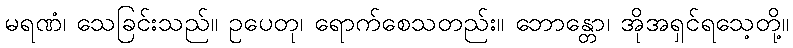
မရဏံ၊ သေခြင်းသည်။ ဥပေတု၊ ရောက်စေသတည်း။ ဘောန္တော၊ အိုအရှင်ရသေ့တို့။